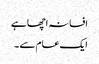
افسانہ اچھا ہے
ایک عام سے ۔